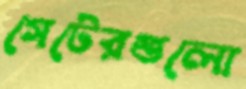
গেটেরগুলো